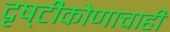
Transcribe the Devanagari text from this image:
दृष्टीकोणाचाही